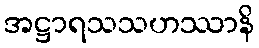
အဋ္ဌာရသသဟဿာနိ